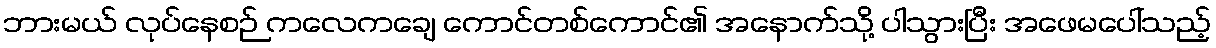
ဘားမယ် လုပ်နေစဉ် ကလေကချေ ကောင်တစ်ကောင်၏ အနောက်သို့ ပါသွားပြီး အဖေမပေါ်သည့်